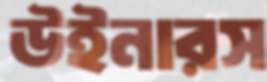
উইনারস